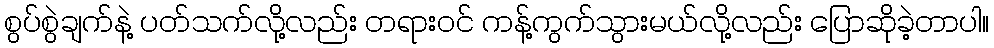
စွပ်စွဲချက်နဲ့ ပတ်သက်လို့လည်း တရားဝင် ကန့်ကွက်သွားမယ်လို့လည်း ပြောဆိုခဲ့တာပါ။